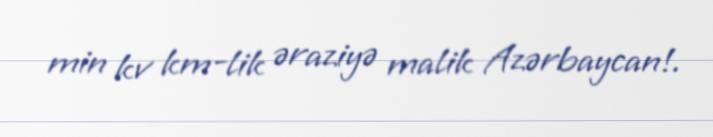
min kv km-lik əraziyə malik Azərbaycan!.